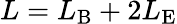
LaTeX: L=L_{\mathrm{B}}+2L_{\mathrm{E}}